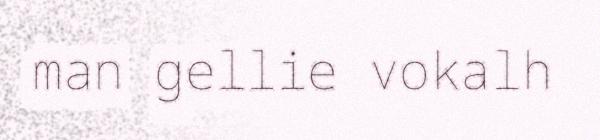
man gellie vokalh